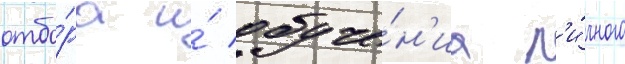
отбо́ра и́ обуче́н'иа л'и́чного